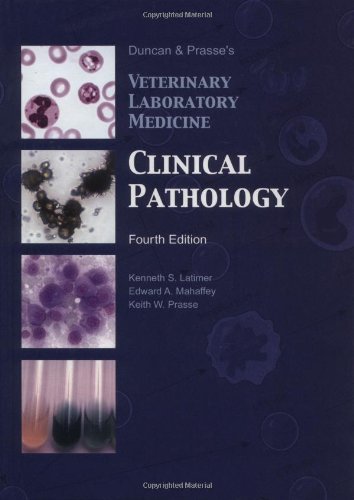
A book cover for Duncan and Prasse's Veterinary Laboratory Medicine: Clinical Pathology, 4th Ed.; Kenneth S. Latimer; Medical Books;